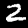
Label: 2